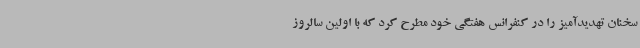
سخنان تهدیدآمیز را در کنفرانس هفتگی خود مطرح کرد که با اولین سالروز